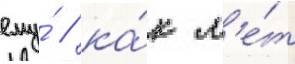
ему́ / ка́к л'е́т